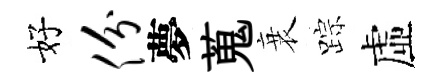
好份夢蒐衰踪虛